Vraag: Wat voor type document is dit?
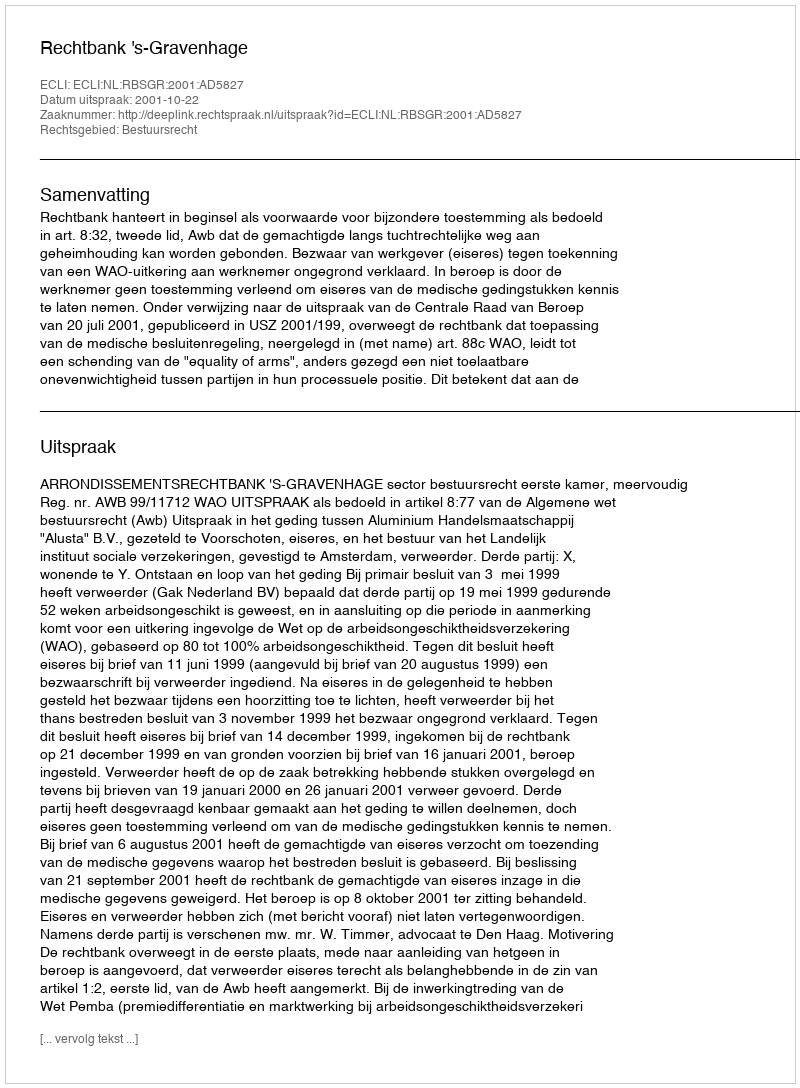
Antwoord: Uitspraak